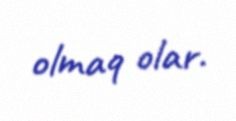
olmaq olar.